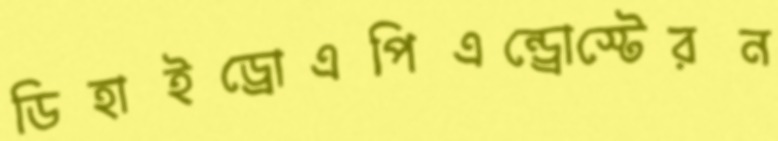
ডিহাইড্রোএপিএন্ড্রোস্টেরন